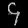
Digit: ၄